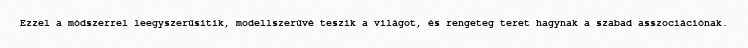
Ezzel a módszerrel leegyszerűsítik, modellszerűvé teszik a világot, és rengeteg teret hagynak a szabad asszociációnak.